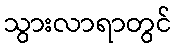
သွားလာရာတွင်